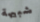
شبيهة